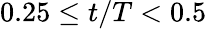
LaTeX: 0.25\leq t/T<0.5